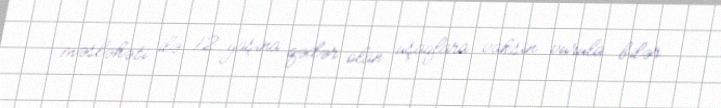
məsləhəti ilə 12 yaşına qədər olan uşaqlara vaksin vurula bilər.